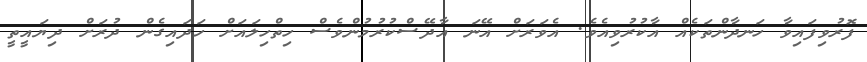
ފޮރުވިފައިވާ ހަނދާންތަކެއް އާކުރުވިއެވެ. އެވަރަށް އޭނަ އާދޭސްކުރުމުންވެސް ހިތްހިލައަށް ހަދައިގެން ދުރަށް ދިޔައީތީ